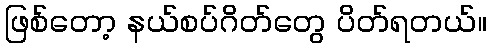
ဖြစ်တော့ နယ်စပ်ဂိတ်တွေ ပိတ်ရတယ်။